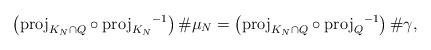
LaTeX: \begin{align*}\left(\mathord{\operatorname{proj}}_{K_N \cap Q} \circ { \operatorname{proj}_{K_N} }^{-1} \right) \# \mu_N = \left( \mathord{\operatorname{proj}}_{K_N \cap Q} \circ {\mathrm{proj}_{Q} }^{-1} \right) \# \gamma,\end{align*}